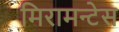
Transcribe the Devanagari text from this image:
मिरामन्टेस